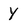
Character: y